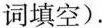
词填空).